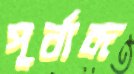
পূর্বাব্দ